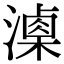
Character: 𣿚